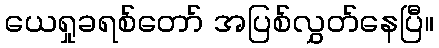
ယေရှုခရစ်တော် အပြစ်လွှတ်နေပြီ။